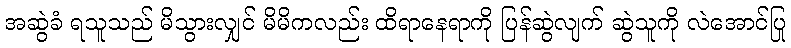
အဆွဲခံ ရသူသည် မိသွားလျှင် မိမိကလည်း ထိရာနေရာကို ပြန်ဆွဲလျက် ဆွဲသူကို လဲအောင်ပြု